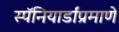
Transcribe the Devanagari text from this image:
स्पॅनियार्डांप्रमाणे